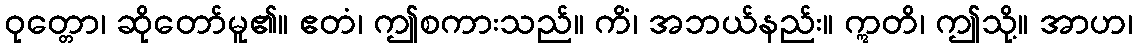
ဝုတ္တော၊ ဆိုတော်မူ၏။ ဧတံ၊ ဤစကားသည်။ ကိံ၊ အဘယ်နည်း။ ဣတိ၊ ဤသို့။ အာဟ၊